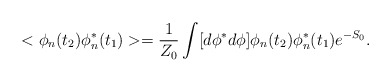
\begin{align*}<\phi_n(t_2) \phi^*_n(t_1)>=\frac{1}{Z_0} \int [d\phi^*d\phi]\phi_n(t_2) \phi^*_n(t_1) e^{-S_0}.\end{align*}